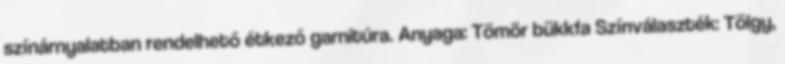
színárnyalatban rendelhető étkező garnitúra. Anyaga: Tömör bükkfa Színválaszték: Tölgy,